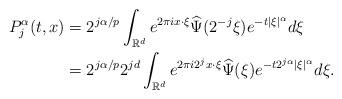
LaTeX: \begin{align*}P_{j}^{\alpha}(t,x) &= 2^{j\alpha/p} \int_{{\mathbb R}^d} e^{2\pi ix\cdot\xi} \widehat{\Psi}(2^{-j}\xi) e^{-t|\xi|^\alpha} d\xi \\&= 2^{j\alpha/p} 2^{jd} \int_{{\mathbb R}^d} e^{2\pi i2^{j}x\cdot\xi} \widehat{\Psi}(\xi) e^{-t2^{j\alpha}|\xi|^\alpha} d\xi.\end{align*}